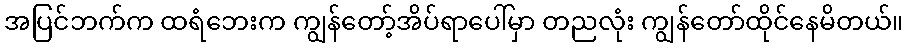
အပြင်ဘက်က ထရံဘေးက ကျွန်တော့်အိပ်ရာပေါ်မှာ တညလုံး ကျွန်တော်ထိုင်နေမိတယ်။